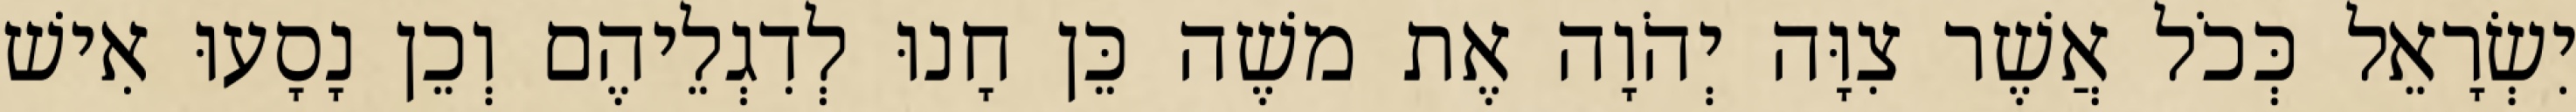
יִשְׂרָאֵל כְּכֹל אֲשֶׁר צִוָּה יְהֹוָה אֶת משֶׁה כֵּן חָנוּ לְדִגְלֵיהֶם וְכֵן נָסָעוּ אִישׁ